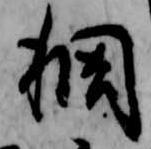
稠